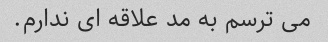
می ترسم به مد علاقه ای ندارم.